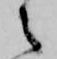
之